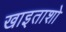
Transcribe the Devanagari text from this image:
खाइताशो